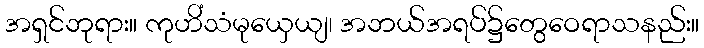
အရှင်ဘုရား။ ကုဟိံသံမုယှေယျ၊ အဘယ်အရပ်၌တွေဝေရာသနည်း။